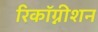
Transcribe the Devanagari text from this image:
रिकॉग्नीशन